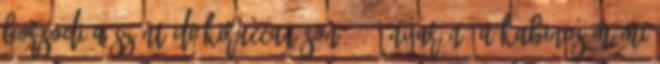
Borsodi a szántódi kiruccanáson 2007 nyarán. A kabinos mámi